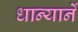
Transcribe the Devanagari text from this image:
धान्यानें